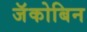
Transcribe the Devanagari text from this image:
जॅकोबिन